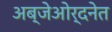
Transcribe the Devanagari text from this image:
अब्जेओर्दनेत